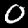
Label: 0